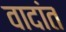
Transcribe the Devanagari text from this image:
वादांत